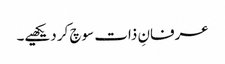
عرفانِ ذات سوچ کر دیکھیے۔